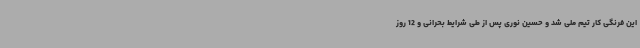
این فرنگی کار تیم ملی شد و حسین نوری پس از طی شرایط بحرانی و 12 روز